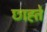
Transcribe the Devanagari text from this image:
छाह्ते